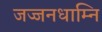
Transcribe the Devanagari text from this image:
जज्जनधाम्नि